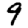
Digit: 9